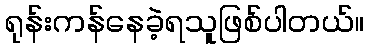
ရုန်းကန်နေခဲ့ရသူဖြစ်ပါတယ်။